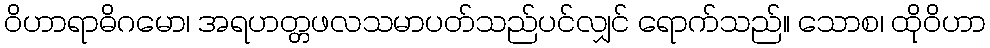
ဝိဟာရာဓိဂမော၊ အရဟတ္တဖလသမာပတ်သည်ပင်လျှင် ရောက်သည်။ သောစ၊ ထိုဝိဟာ